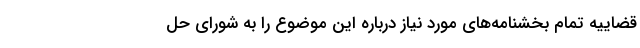
قضاییه تمام بخشنامه‌های مورد نیاز درباره این موضوع را به شورای حل